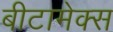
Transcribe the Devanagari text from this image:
बीटामेक्स